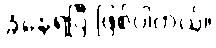
ခံနေရပြီ ဖြစ်ပါတယ်။